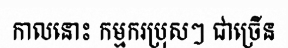
កាលនោះ កម្មករប្រុសៗ ជាច្រើន